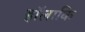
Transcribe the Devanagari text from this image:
हॉलाकि